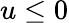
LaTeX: u\leq 0